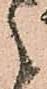
候